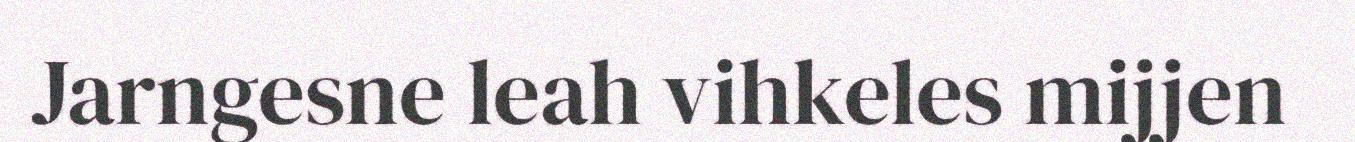
Jarngesne leah vihkeles mijjen